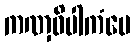
ကဏှဝိပါကံပေ